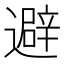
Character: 避